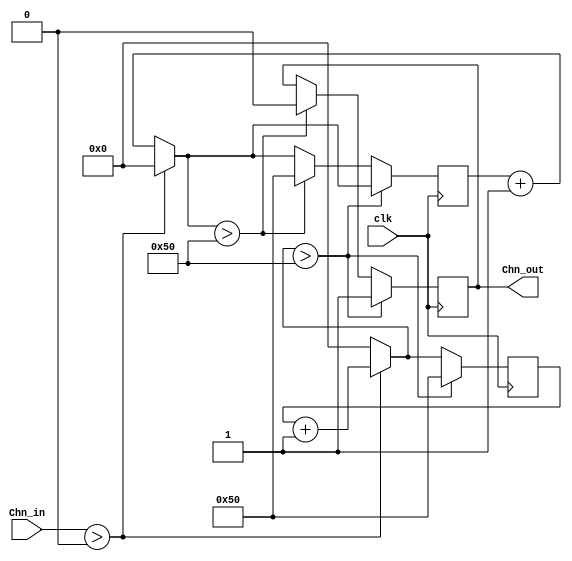
module Chn_filtr (input Chn_in, input clk, output reg Chn_out=0);

reg [7:0] cnt_u=0, cnt_d=0, filtr_const = 80;
initial 
begin
	Chn_out=0;
	cnt_u=0;
	cnt_d=0;
	filtr_const = 80;
end

always @ (negedge clk) 
begin
	if (Chn_in > 0) 	
		begin cnt_u = cnt_u + 1; cnt_d = 0; end
	else 			
		begin cnt_d = cnt_d + 1; cnt_u = 0; end	
	if (cnt_u > filtr_const) 		
		begin cnt_u = filtr_const; Chn_out = 1; end
	else if (cnt_d > filtr_const) 	
		begin cnt_d = filtr_const; Chn_out = 0; end
end
endmodule